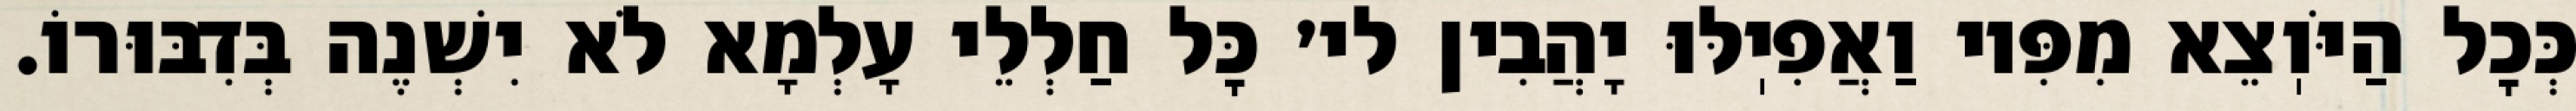
כְּכׇל הַיֹּוֽצֵא מִפִּיו וַאֲפִיֽלּוּ יָהֲבִין לי׳ כׇּל חַלְלֵי עָלְמָא לֹא יִשְׁנֶה בְּדִבּוּרוֹ.